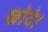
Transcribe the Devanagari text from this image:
खोदे।